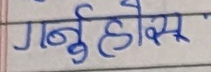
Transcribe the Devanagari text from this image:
गर्नुहोस्